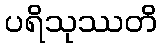
ပရိသုဿတိ